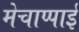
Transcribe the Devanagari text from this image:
मेचाप्पाई